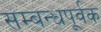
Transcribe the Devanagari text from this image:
सम्बन्धपूर्वक